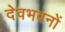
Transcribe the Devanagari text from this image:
देवभवनों